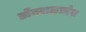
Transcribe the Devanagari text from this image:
डोंगराळप्रदेश